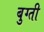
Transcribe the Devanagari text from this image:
बुग्ती